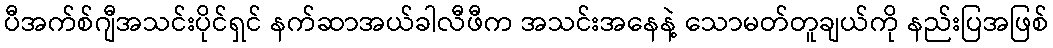
ပီအက်စ်ဂျီအသင်းပိုင်ရှင် နက်ဆာအယ်ခါလီဖီက အသင်းအနေနဲ့ သောမတ်တူချယ်ကို နည်းပြအဖြစ်